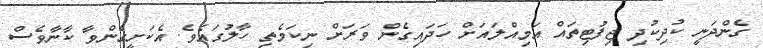
ގެންދަނީ ކުދިކުދި ޖިފުޓިތައް އަމިއްލައަށް ހަދައިގެން ވަރަށް ނިކަމެތި ހާލުގައެވެ. އެކަށީގެންވާ ކާނާވެސް